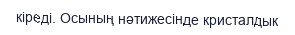
кіреді. Осының нәтижесінде кристалдык